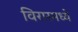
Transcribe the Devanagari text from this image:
विरारमध्ये